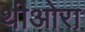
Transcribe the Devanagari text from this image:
थीओरा